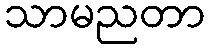
သာမညတာ